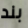
بند